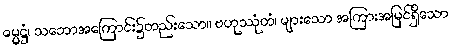
ဓမ္မဋ္ဌံ၊ သဘောအကြောင်း၌တည်းသော။ ဗဟုဿုံတံ၊ များသော အကြားအမြင်ရှိသော